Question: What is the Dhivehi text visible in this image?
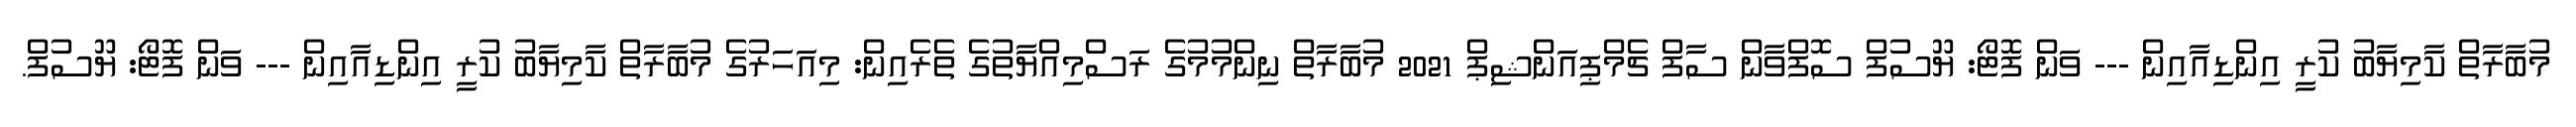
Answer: މުބާރާތް ކާމިޔާބު ކުރީ އިންޑިއާއިން --- ވަން ފޮޓޯ: ޔޫސުފް ސޮފްވާން ސާފް ޗެމްޕިއަންޝިޕް 2021 މުބާރާތް ނިންމުމުގެ ރަސްމިއްޔާތުގެ ތެރެއިން: މިއަހަރުގެ މުބާރާތް ކާމިޔާބު ކުރީ އިންޑިއާއިން --- ވަން ފޮޓޯ: ޔޫސުފް.